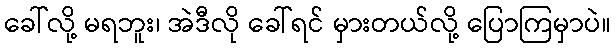
ခေါ်လို့ မရဘူး၊ အဲဒီလို ခေါ်ရင် မှားတယ်လို့ ပြောကြမှာပဲ။